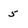
Character: 5